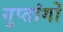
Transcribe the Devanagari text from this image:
गुप्‍तांगों